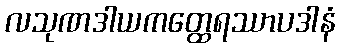
လသုဏဒါယကတ္ထေရဿာပဒါနံ